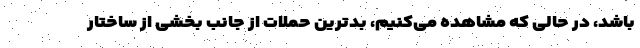
باشد، در حالی که مشاهده می‌کنیم، بدترین حملات از جانب بخشی از ساختار